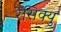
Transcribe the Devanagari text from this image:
रेसिक्यु